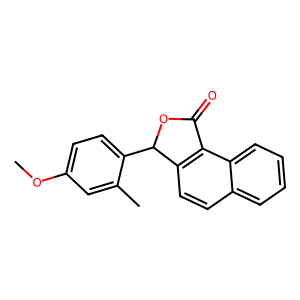
SMILES: COc1ccc(C2OC(=O)c3c2ccc2ccccc32)c(C)c1
Inhibits HIV replication: No